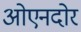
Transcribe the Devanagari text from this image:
ओएनदोर